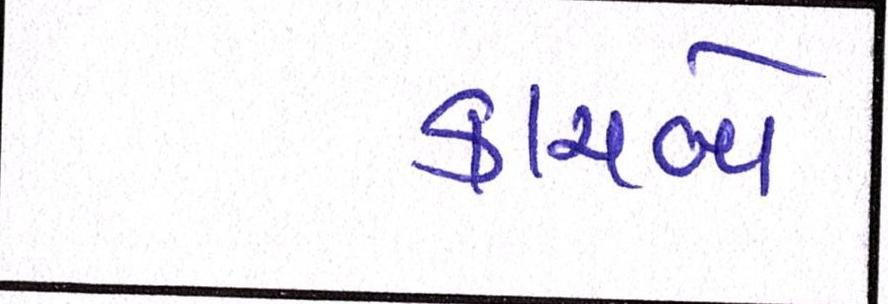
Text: કાચબો